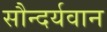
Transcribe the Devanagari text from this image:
सौन्दर्यवान